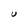
Character: U